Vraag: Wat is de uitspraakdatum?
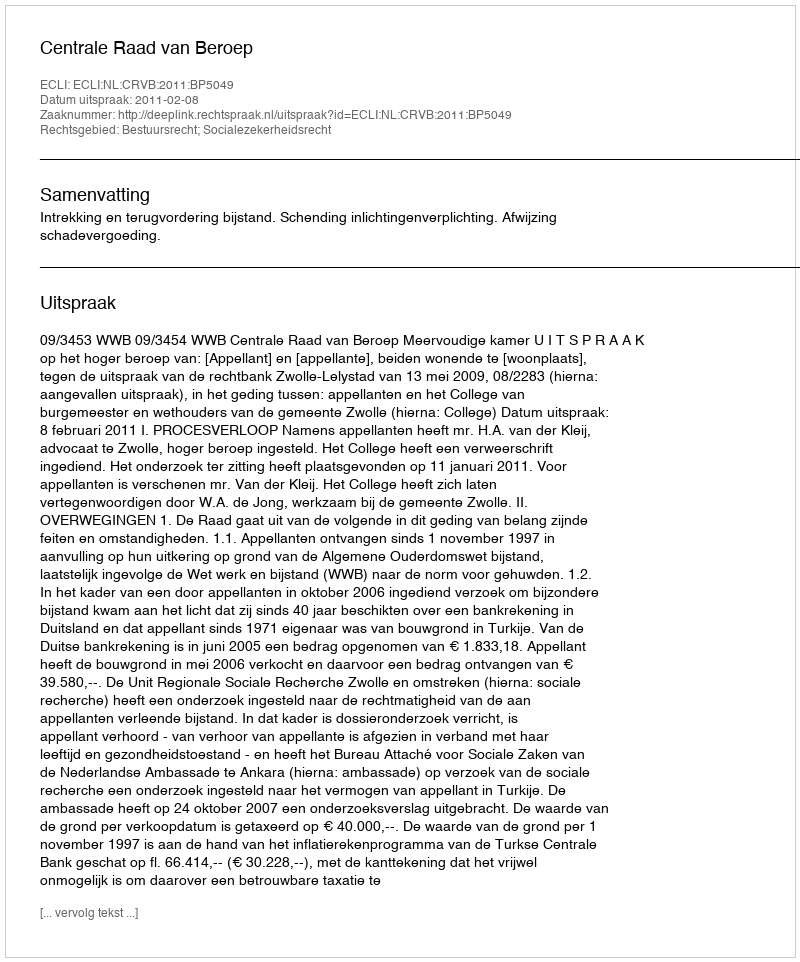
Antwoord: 2011-02-08